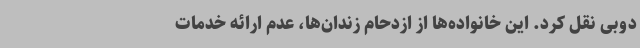
دوبی نقل کرد. این خانواده‌ها از ازدحام زندان‌ها، عدم ارائه خدمات